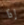
إذا